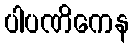
ပါပဏိကေန